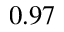
0 . 9 7